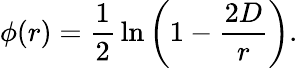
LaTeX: \phi(r)={\frac{1}{2}}\ln\left(1-{\frac{2D}{r}}\right).